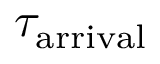
\tau _ { \mathrm { a r r i v a l } }